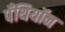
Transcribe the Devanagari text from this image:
पँथियॉन